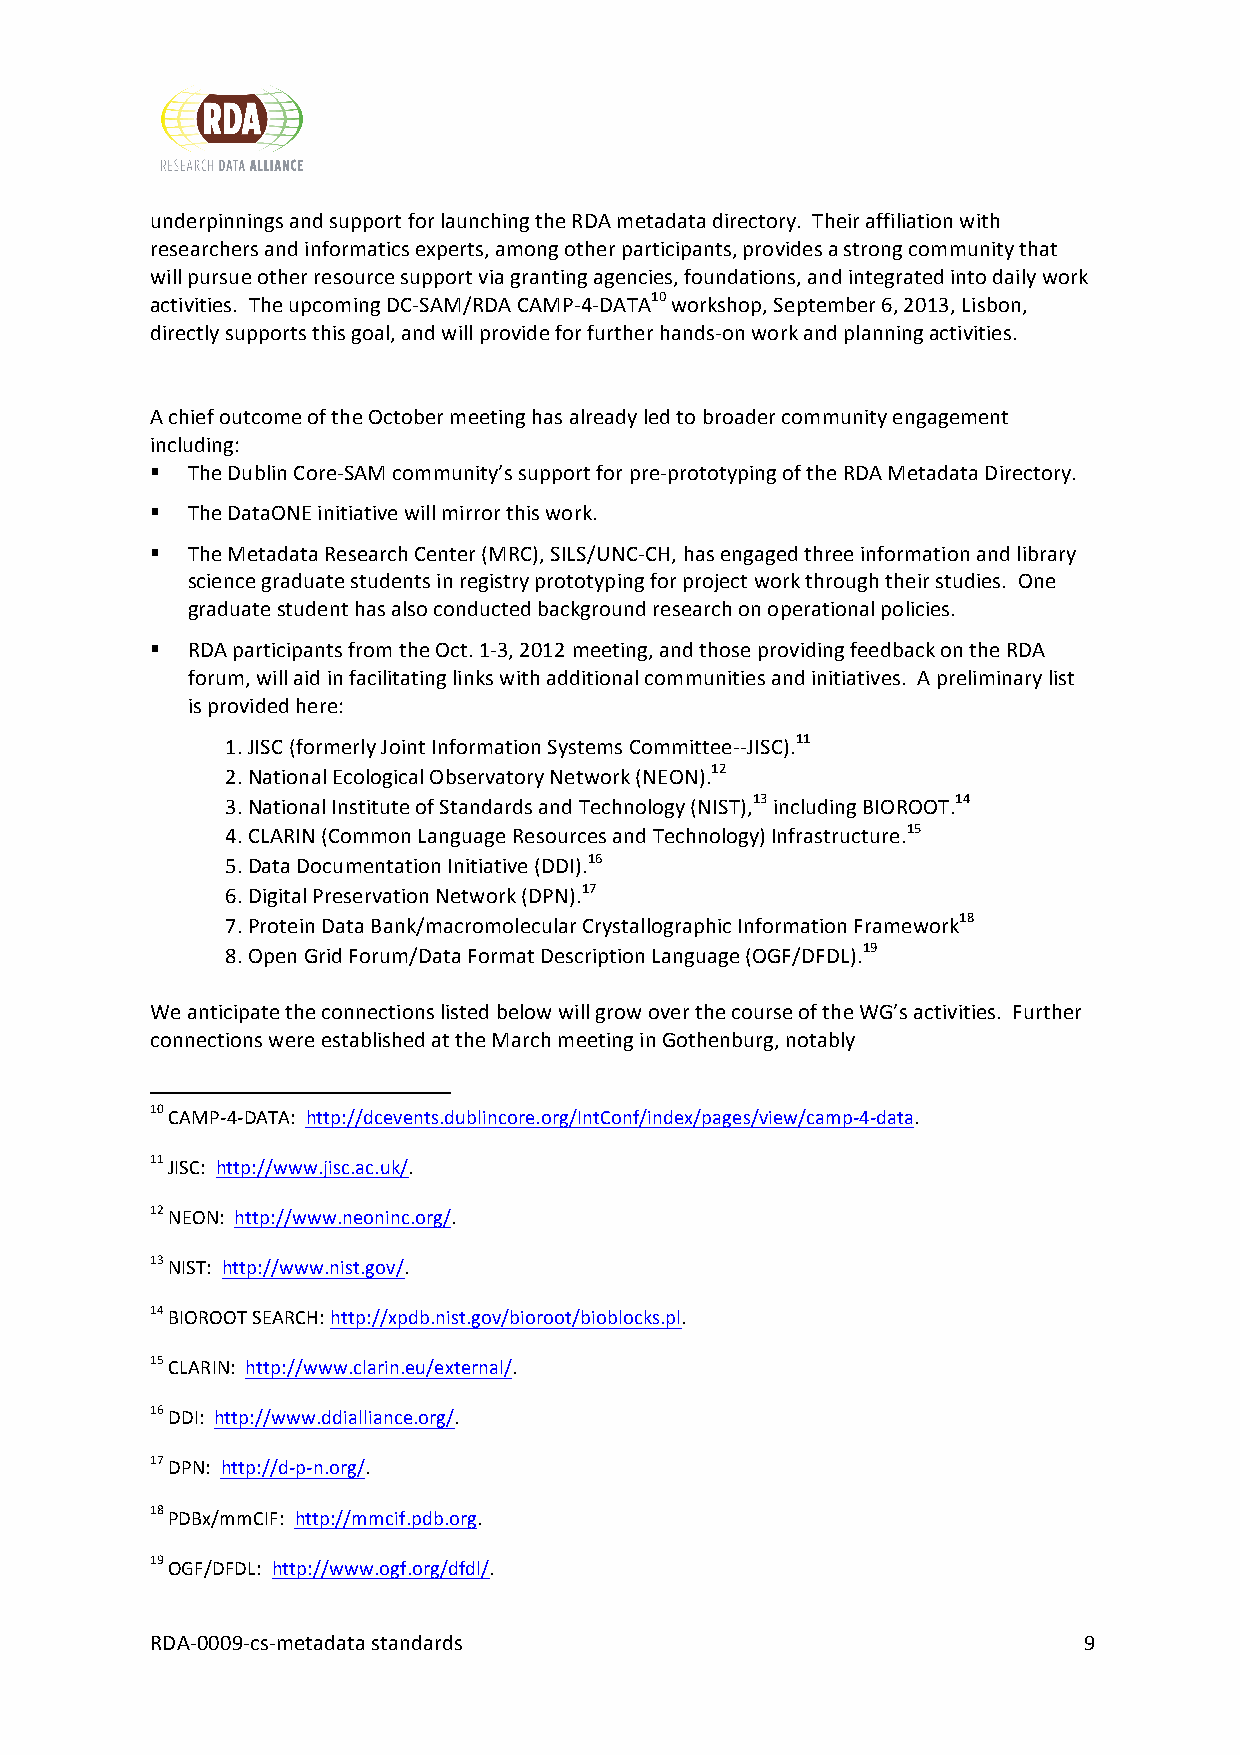
underpinnings and support for launching the RDA metadata directory. Their affiliation with
 researchers and informatics experts, among other participants, provides a strong community that
 will pursue other resource support via granting agencies, foundations, and integrated into daily work
 activities. The upcoming DC-­‐SAM/RDA CAMP-­‐4-­‐DATA10 workshop, September 6, 2013, Lisbon,
 directly supports this goal, and will provide for further hands-­‐on work and planning activities.
 A chief outcome of the October meeting has already led to broader community engagement
 including:
 § The Dublin Core-­‐SAM community’s support for pre-­‐prototyping of the RDA Metadata Directory.
 § The DataONE initiative will mirror this work.
 § The Metadata Research Center (MRC), SILS/UNC-­‐CH, has engaged three information and library
 science graduate students in registry prototyping for project work through their studies. One
 graduate student has also conducted background research on operational policies.
 § RDA participants from the Oct. 1-­‐3, 2012 meeting, and those providing feedback on the RDA
 forum, will aid in facilitating links with additional communities and initiatives. A preliminary list
 is provided here:
 1. JISC (formerly Joint Information Systems Committee-­‐-­‐JISC).11
 2. National Ecological Observatory Network (NEON).12
 3. National Institute of Standards and Technology (NIST),13 including BIOROOT.14
 4. CLARIN (Common Language Resources and Technology) Infrastructure.15
 5. Data Documentation Initiative (DDI).16
 6. Digital Preservation Network (DPN).17
 7. Protein Data Bank/macromolecular Crystallographic Information Framework18
 8. Open Grid Forum/Data Format Description Language (OGF/DFDL).19
 We anticipate the connections listed below will grow over the course of the WG’s activities. Further
 connections were established at the March meeting in Gothenburg, notably
 10 CAMP-­‐4-­‐DATA: http://dcevents.dublincore.org/IntConf/index/pages/view/camp-­‐4-­‐data.
 11 JISC: http://www.jisc.ac.uk/.
 12 NEON: http://www.neoninc.org/.
 13 NIST: http://www.nist.gov/.
 14 BIOROOT SEARCH: http://xpdb.nist.gov/bioroot/bioblocks.pl.
 15 CLARIN: http://www.clarin.eu/external/.
 16 DDI: http://www.ddialliance.org/.
 17 DPN: http://d-­‐p-­‐n.org/.
 18 PDBx/mmCIF: http://mmcif.pdb.org.
 19 OGF/DFDL: http://www.ogf.org/dfdl/.
 RDA-­‐0009-­‐cs-­‐metadata standards                          9